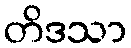
တိဒသာ